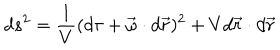
d s ^ { 2 } = \frac { 1 } { V } ( d \tau + \vec { \omega } \cdot d \vec { r } ) ^ { 2 } + V d \vec { r } \cdot d \vec { r }